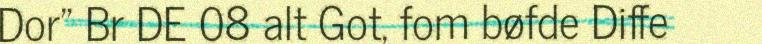
Dor" Br DE 08 alt Got, fom bøfde Diffe